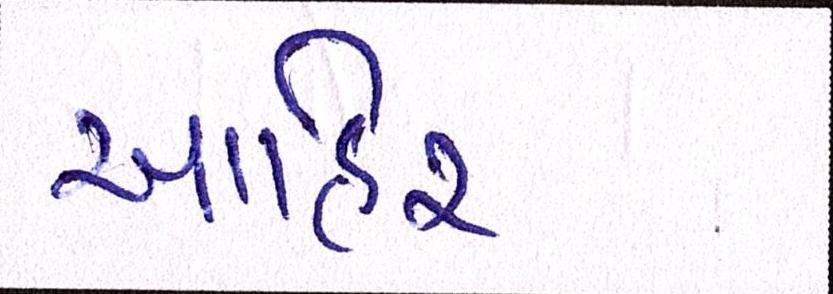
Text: આહિર